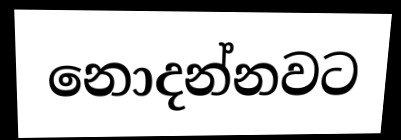
නොදන්නවට